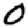
Digit: 0